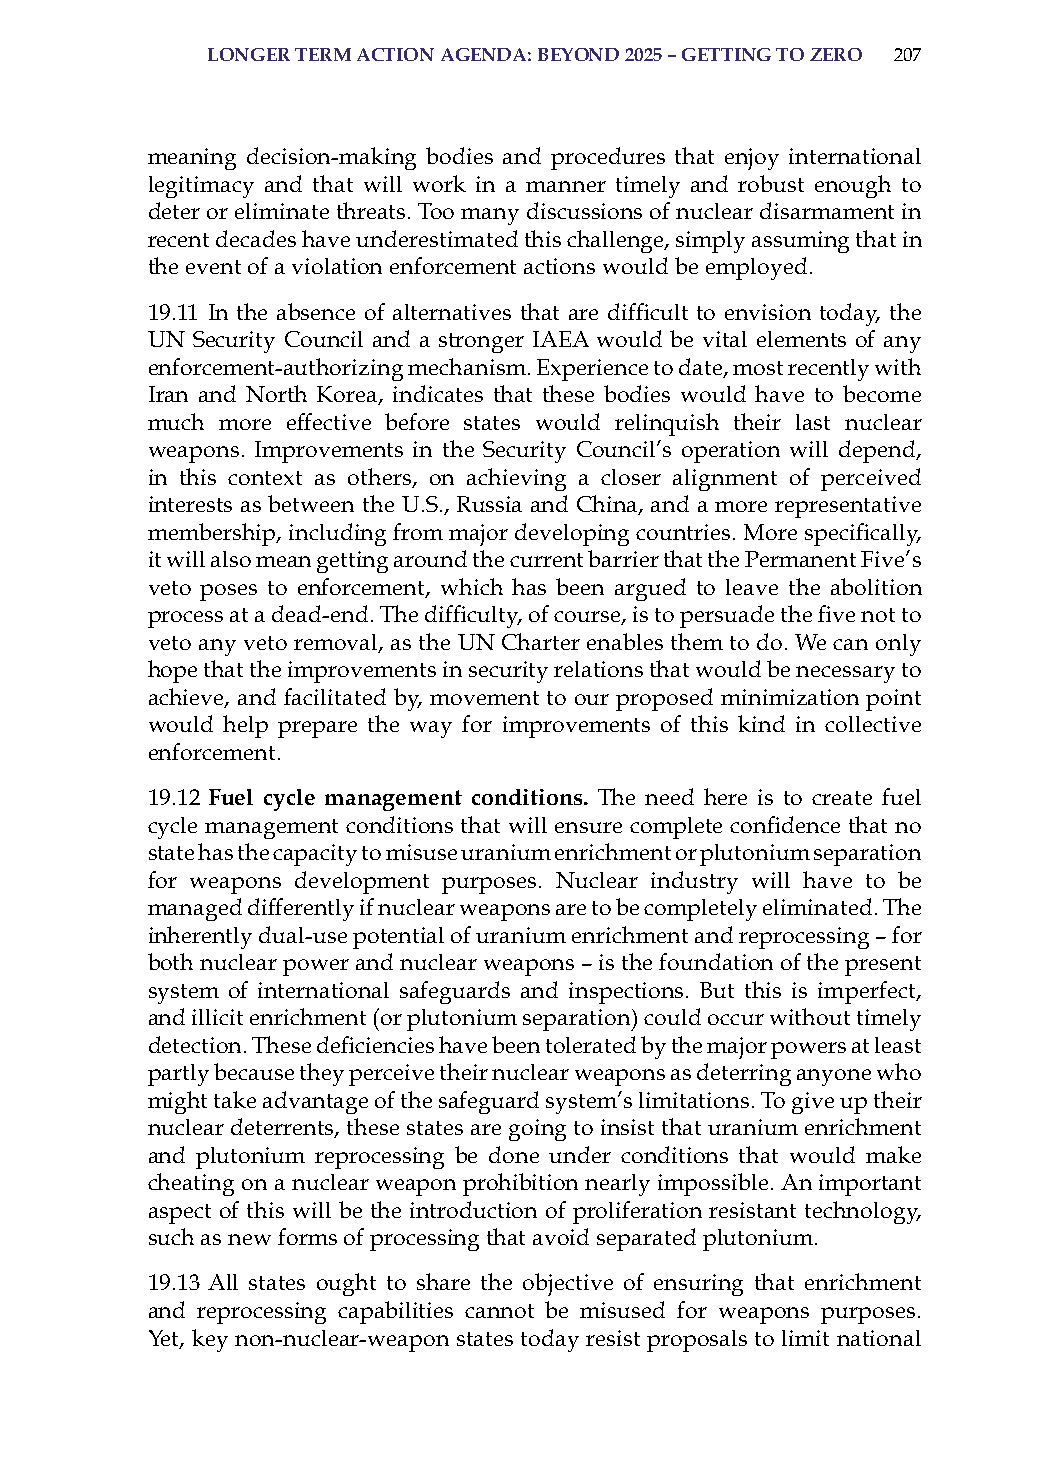
lonGer term action aGenda: BeYond 2025 – GettinG to zero 207
 meaning decision-making bodies and procedures that enjoy international
 legitimacy and that will work in a manner timely and robust enough to
 deter or eliminate threats. Too many discussions of nuclear disarmament in
 recent decades have underestimated this challenge, simply assuming that in
 the event of a violation enforcement actions would be employed.
 19.11 In the absence of alternatives that are difficult to envision today, the
 UN security Council and a stronger iaEa would be vital elements of any
 enforcement-authorizing mechanism. Experience to date, most recently with
 iran and North Korea, indicates that these bodies would have to become
 much more effective before states would relinquish their last nuclear
 weapons. improvements in the security Council’s operation will depend,
 in this context as others, on achieving a closer alignment of perceived
 interests as between the U.s., russia and China, and a more representative
 membership, including from major developing countries. More specifically,
 it will also mean getting around the current barrier that the Permanent Five’s
 veto poses to enforcement, which has been argued to leave the abolition
 process at a dead-end. The difficulty, of course, is to persuade the five not to
 veto any veto removal, as the UN Charter enables them to do. We can only
 hope that the improvements in security relations that would be necessary to
 achieve, and facilitated by, movement to our proposed minimization point
 would help prepare the way for improvements of this kind in collective
 enforcement.
 19.12 fuel cycle management conditions. The need here is to create fuel
 cycle management conditions that will ensure complete confidence that no
 state has the capacity to misuse uranium enrichment or plutonium separation
 for weapons development purposes. Nuclear industry will have to be
 managed differently if nuclear weapons are to be completely eliminated. The
 inherently dual-use potential of uranium enrichment and reprocessing – for
 both nuclear power and nuclear weapons – is the foundation of the present
 system of international safeguards and inspections. But this is imperfect,
 and illicit enrichment (or plutonium separation) could occur without timely
 detection. These deficiencies have been tolerated by the major powers at least
 partly because they perceive their nuclear weapons as deterring anyone who
 might take advantage of the safeguard system’s limitations. To give up their
 nuclear deterrents, these states are going to insist that uranium enrichment
 and plutonium reprocessing be done under conditions that would make
 cheating on a nuclear weapon prohibition nearly impossible. an important
 aspect of this will be the introduction of proliferation resistant technology,
 such as new forms of processing that avoid separated plutonium.
 19.13 all states ought to share the objective of ensuring that enrichment
 and reprocessing capabilities cannot be misused for weapons purposes.
 Yet, key non-nuclear-weapon states today resist proposals to limit national